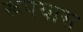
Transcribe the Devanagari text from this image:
रूपयास